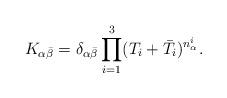
LaTeX: \begin{align*}K_{\alpha\bar\beta}=\delta_{\alpha\bar\beta}\prod_{i=1}^3(T_i+\bar T_i)^{n_\alpha^i}.\end{align*}